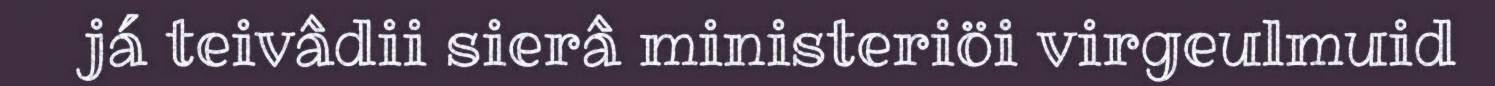
já teivâdii sierâ ministeriöi virgeulmuid